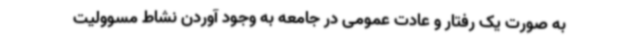
به صورت یک رفتار و عادت عمومی در جامعه به وجود آوردن نشاط مسوولیت